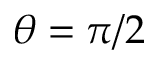
\theta = \pi / 2